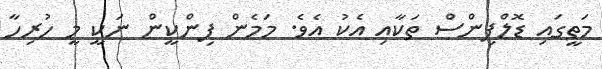
މަތީގައި ޑޮލްފިންސް ތަކާއި އެކު އެވެ. މަމެން ޕިންކީން ނަކީ މީ ހުރިހާ